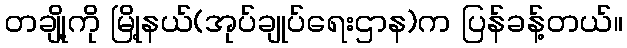
တချို့ကို မြို့နယ်(အုပ်ချုပ်ရေးဌာန)က ပြန်ခန့်တယ်။